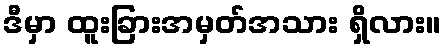
ဒီမှာ ထူးခြားအမှတ်အသား ရှိလား။